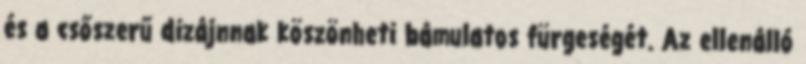
és a csőszerű dizájnnak köszönheti bámulatos fürgeségét. Az ellenálló